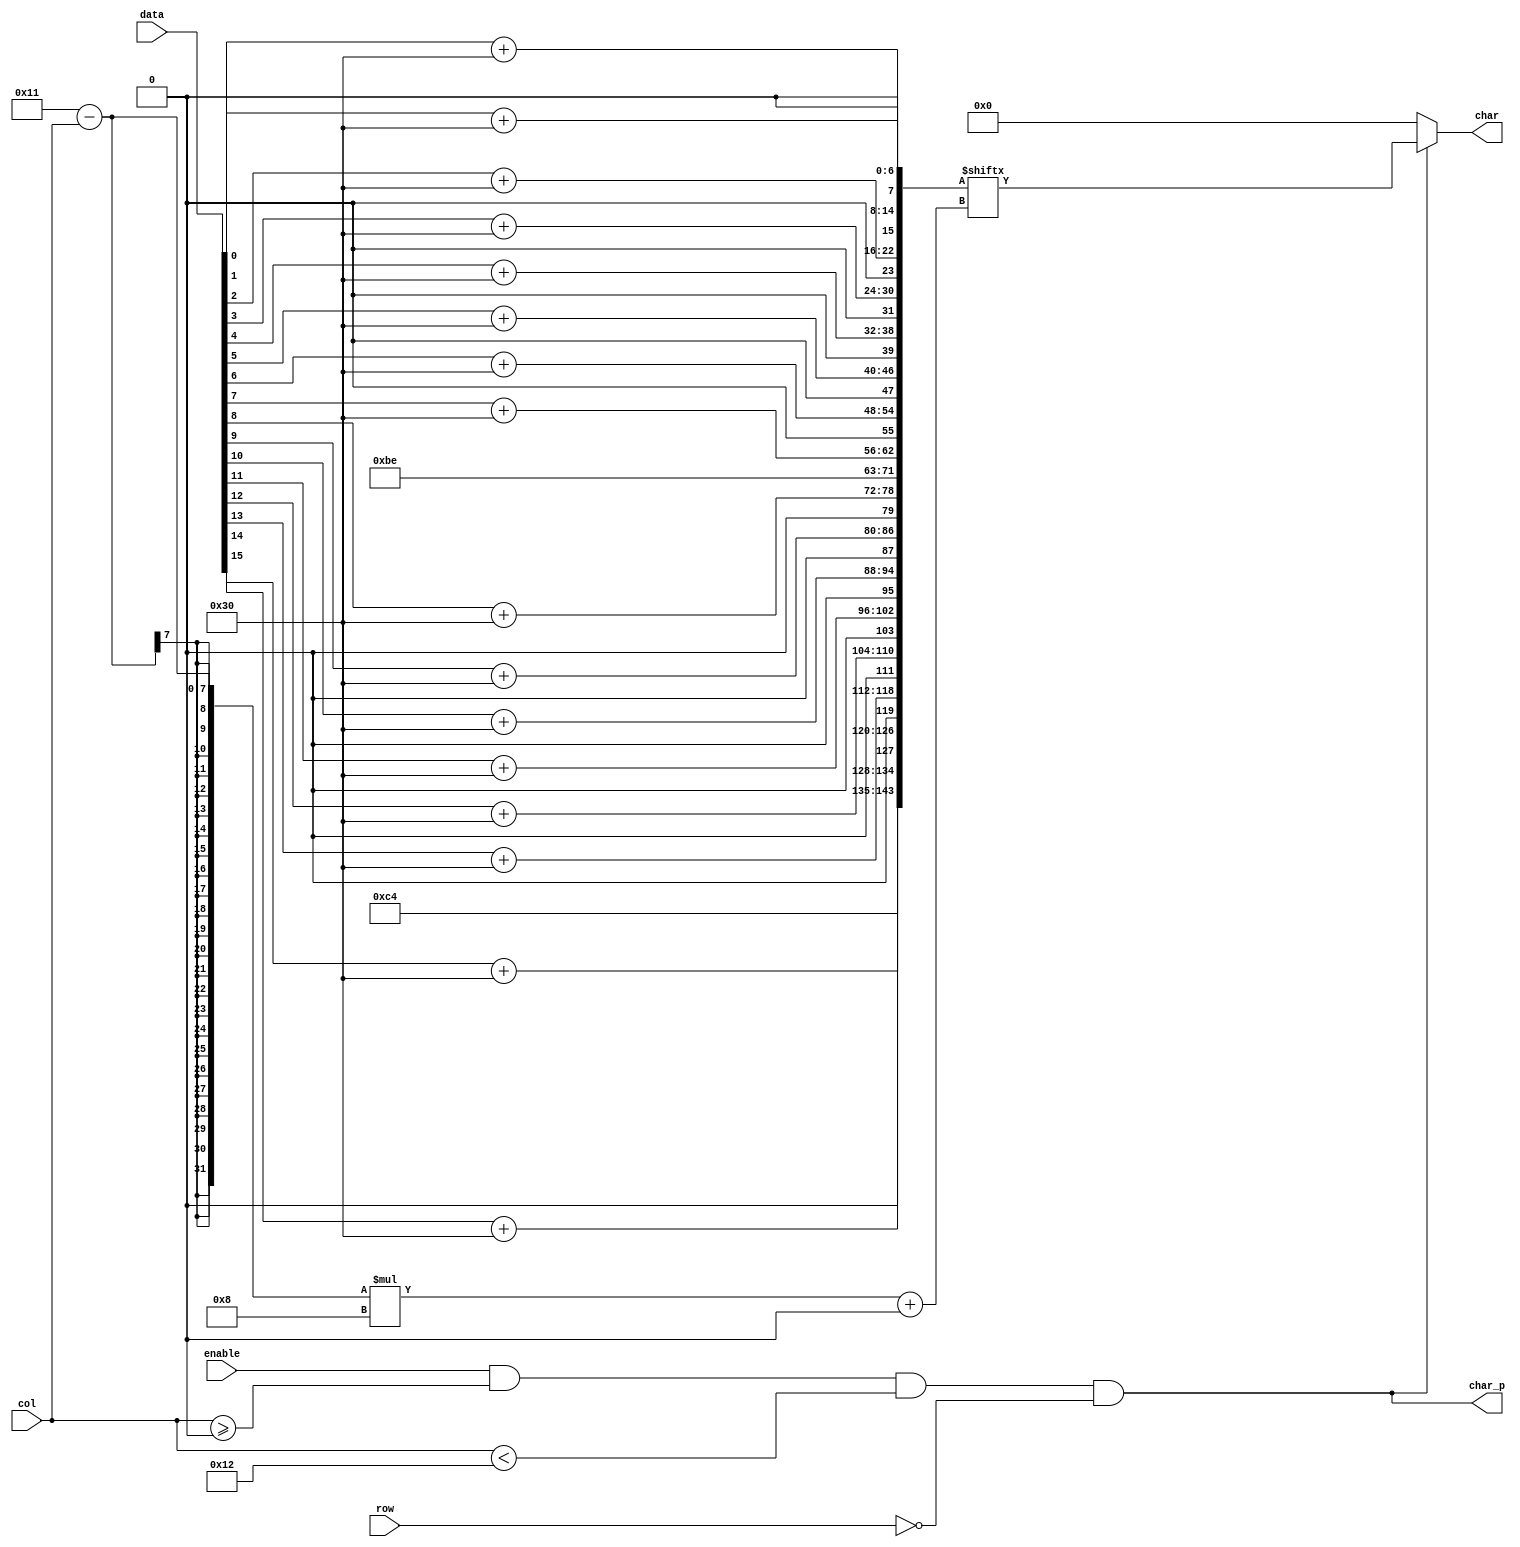
`timescale 1ns / 1ps
//////////////////////////////////////////////////////////////////////////////////
// Company: 
// 
// Design Name: 
// Module Name:    binary_word_string 
// Project Name: 
// Target Devices: 
// Tool versions: 
// Description: 
//
// Dependencies: 
//
// Revision: 
// Revision 0.01 - File Created
// Additional Comments: 
//
//////////////////////////////////////////////////////////////////////////////////
module binary_word_string #(
    parameter ROW = 0,
    parameter COL = 0
  ) (
    input [4:0] row,
    input [6:0] col,
    input enable,
    input [15:0] data,
    output char_p,
    output [7:0] char
    );

  localparam LENGTH = 18;
  wire [8*18-1:0] char_buf;
  assign char_buf[8*18-1:8*17] = "b";
  assign char_buf[8*9-1:8*8] = "_";

  genvar i;
  generate
    for(i=0;i<8;i=i+1) begin: lo_chars
      assign char_buf[i*8+:8] = data[i] + "0";
    end
    for(i=8;i<16;i=i+1) begin: hi_chars
      assign char_buf[(i+1)*8+:8] = data[i] + "0";
    end
  endgenerate

  assign char_p = enable & col >= COL & col < COL + LENGTH & row == ROW;
  assign char = char_p ? char_buf[(LENGTH + COL - 1 - col) * 8+:8] : 8'b0;
endmodule